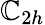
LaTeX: \mathbb{C}_{2h}